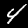
Label: 4